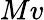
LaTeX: Mv